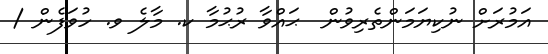
އަމުރަށް ނުކިޔަމަންތެރިވުން  ޙައްވާ ރުޙުމާ ކ. މާލެ ވ. ހުވަފެން /